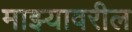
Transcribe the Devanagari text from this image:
माझ्यावरील